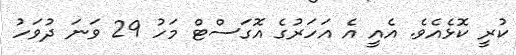
ކުރީ ކޮޅެއެވެ. އެއީ އެ އަހަަރުގެ އޮގަސްޓް މަހު 29 ވަނަ ދުވަހު